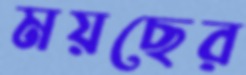
ময়ছের